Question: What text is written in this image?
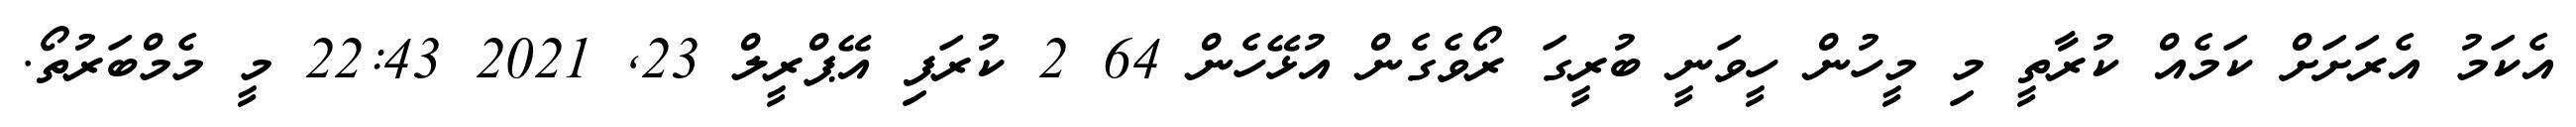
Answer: އެކަމު އެރަށަށް ކަމެއް ކުރާތީ މި މީހުން ހީވަނީ ބުރީގަ ރޯވެގެން އުޅޭހެން 64 2 ކުރަފި އޭޕްރީލް 23, 2021 22:43 މީ މެމްބަރުތޯ.